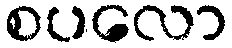
စပလော